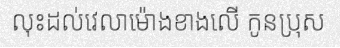
លុះដល់វេលាម៉ោងខាងលើ កូនប្រុស